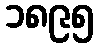
၁၈၉၅